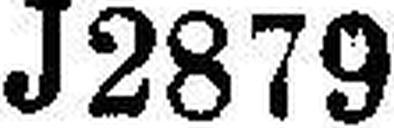
J2879